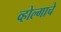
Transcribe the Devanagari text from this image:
व्होल्गाचे